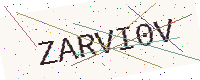
Text: ZARVI0V